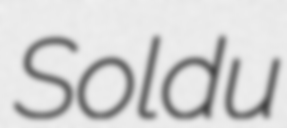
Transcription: Soldu